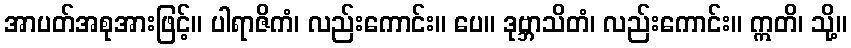
အာပတ်အစုအားဖြင့်။ ပါရာဇိကံ၊ လည်းကောင်း။ ပေ။ ဒုဗ္ဘာသိတံ၊ လည်းကောင်း။ ဣတိ၊ သို့။